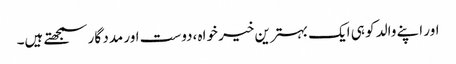
اور اپنے والد کو ہی ایک بہترین خیر خواہ ،دوست اور مدد گار سمجھتے ہیں۔